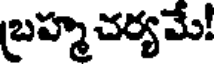
బ్రహ్మచర్యమే!